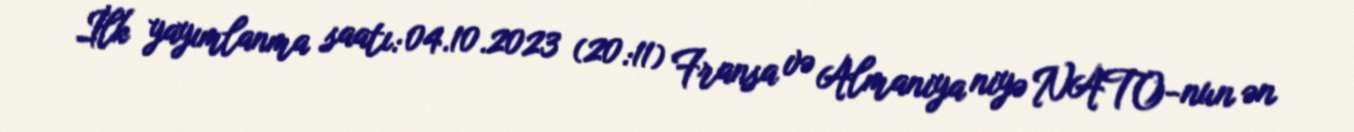
İlk yayımlanma saatı: 04.10.2023 (20:11) Fransa və Almaniya niyə NATO-nun ən